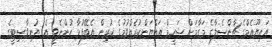
އައިޔޫއެމްގެ ޗާންސެލާގެ މަގާމަށް ޝަހީމް އައްޔަންކުރެއްވުމުގެ ކުރިން އެބޭފުޅާ ހުންނެވީ އެ ޔުނިވާސިޓީގެ